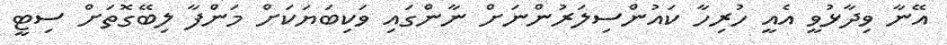
އޭނާ ވިދާޅުވީ އެއީ ހުރިހާ ކައުންސިލަރުންނަށް ނާންގައި ވަކިބަޔަކަށް މަންފާ ލިބޭގޮތަށް ސިޓީ